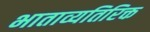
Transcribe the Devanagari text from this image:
भाताव्यतिरिक्त